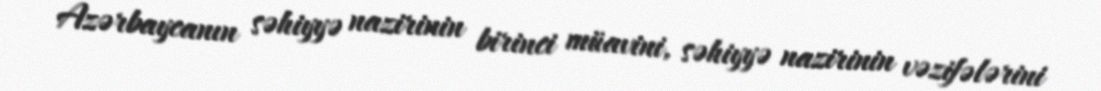
Azərbaycanın səhiyyə nazirinin birinci müavini, səhiyyə nazirinin vəzifələrini